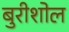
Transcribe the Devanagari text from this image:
बुरीशोल